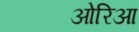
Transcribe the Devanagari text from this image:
ओरिआ